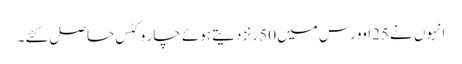
انہوں نے 25اوورس میں 50 رنز دیتے ہوئے چار وکٹس حاصل کئے ۔